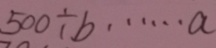
5 0 0 \div b \cdots a